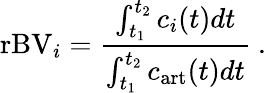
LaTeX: \textup{rBV}_{i}=\frac{\int_{t_{1}}^{t_{2}}c_{i}(t)dt}{\int_{t_{1}}^{t_{2}}c_{\textup{art}}(t)dt}~.